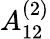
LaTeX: {A}_{12}^{(2)}